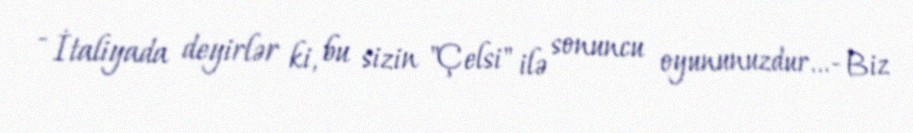
- İtaliyada deyirlər ki, bu sizin "Çelsi" ilə sonuncu oyununuzdur...- Biz